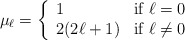
\begin{align*}\mu_\ell=\left\{\begin{array}{ll}1 & \mbox{if $\ell=0$}\\2(2\ell+1) & \mbox {if $\ell\neq 0$}\end{array}\right.\end{align*}